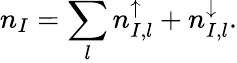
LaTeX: {n}_{I}=\sum_{l}n_{I,l}^{\uparrow}+n_{I,l}^{\downarrow}.